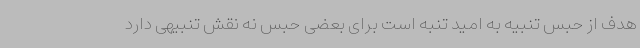
هدف از حبس تنبیه به امید تنبه است برای بعضی حبس نه نقش تنبیهی دارد